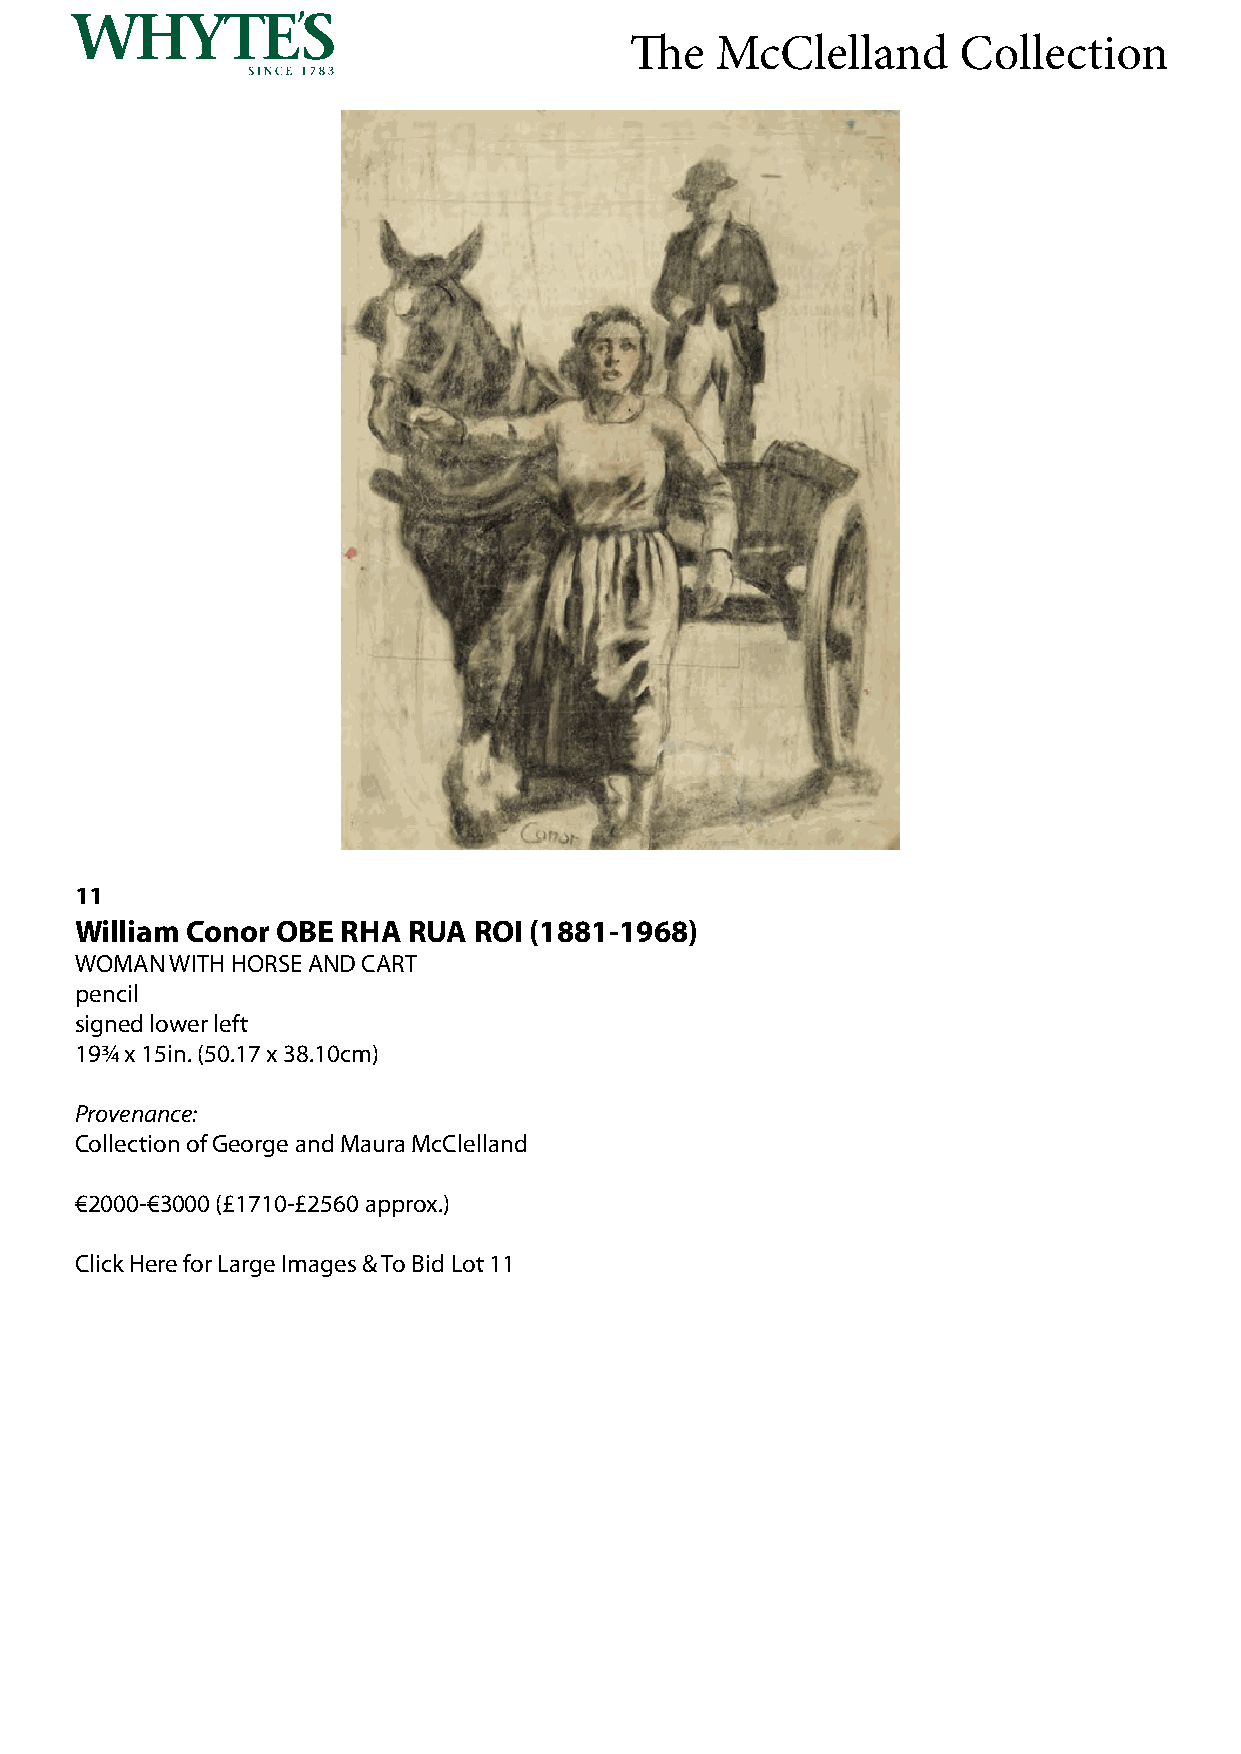
The  McClelland      Collection
 11
 William Conor OBE RHA RUA ROI (1881-1968)
 WOMAN WITH HORSE AND CART
 pencil
 signed lower left
 19¾ x 15in. (50.17 x 38.10cm)
 Provenance:
 Collection of George and Maura McClelland
 €2000-€3000 (£1710-£2560 approx.)
 Click Here for Large Images & To Bid Lot 11